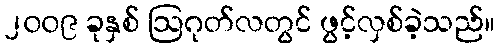
၂၀၀၉ ခုနှစ် ဩဂုတ်လတွင် ဖွင့်လှစ်ခဲ့သည်။